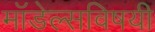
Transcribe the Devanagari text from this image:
मॉडेल्सविषयी